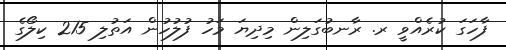
ފާހަގަ ކުރެއްވީ ރ. ރާނބުގަލިން މިދިޔަ މަހު ފުުލުހުން އަތުލި 215 ކިލޯގެ